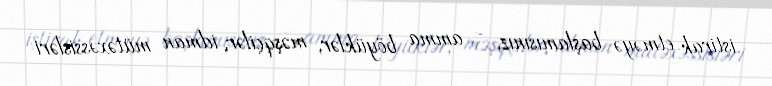
iştirak etməyə başlamısınız, - amma böyüklər, məşqçilər, idman mütəxəssisləri